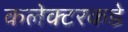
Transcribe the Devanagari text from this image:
कलेक्टरकडे